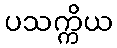
ပသက္ကိယ